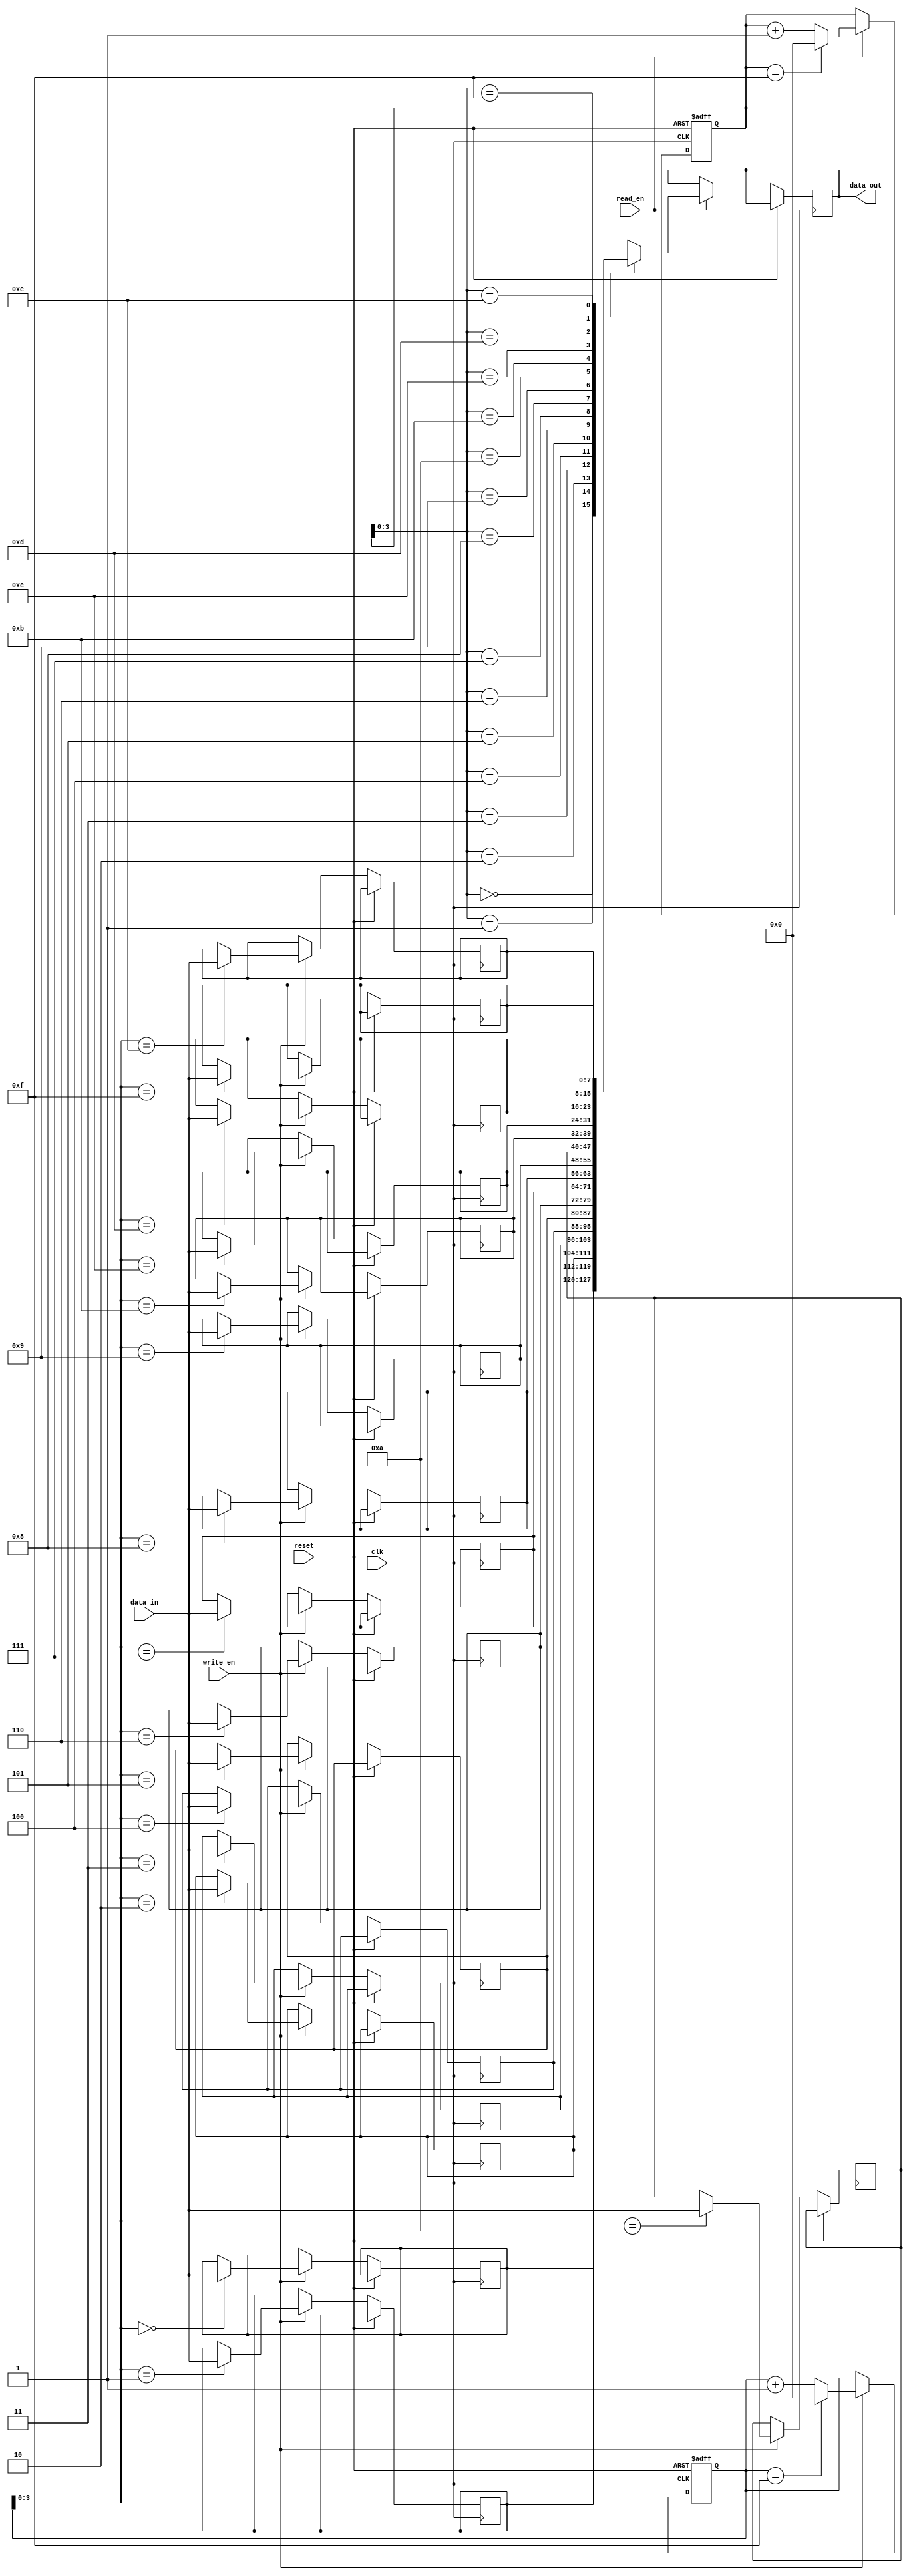
module FirstWordFallThroughFIFO (
    input wire clk,
    input wire reset,
    input wire write_en,
    input wire [DATA_WIDTH-1:0] data_in,
    output reg [DATA_WIDTH-1:0] data_out,
    input wire read_en
);

parameter FIFO_DEPTH = 16;
parameter DATA_WIDTH = 8;

reg [DATA_WIDTH-1:0] fifo [FIFO_DEPTH-1:0];
reg [4:0] wr_ptr = 0;
reg [4:0] rd_ptr = 0;

always @(posedge clk or posedge reset) begin
    if (reset) begin
        wr_ptr <= 0;
        rd_ptr <= 0;
    end else begin
        if (write_en) begin
            fifo[wr_ptr] <= data_in;
            wr_ptr <= wr_ptr + 1;
            if (wr_ptr == FIFO_DEPTH-1)
                wr_ptr <= 0;
        end
        if (read_en) begin
            data_out <= fifo[rd_ptr];
            rd_ptr <= rd_ptr + 1;
            if (rd_ptr == FIFO_DEPTH-1)
                rd_ptr <= 0;
        end
    end
end

endmodule